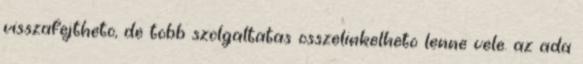
visszafejtheto, de tobb szolgaltatas osszelinkelheto lenne vele. az ada